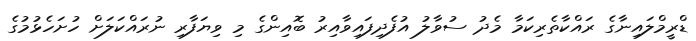
ޑްރީމްލައިނާގެ ރައްކާތެރިކަމާ މެދު ސުވާލު އުފެދިފައިވާއިރު ބޮއިންގެ މި ވިޔަފާރި ނުރައްކަލަށް ހުށަހެޅުމުގެ